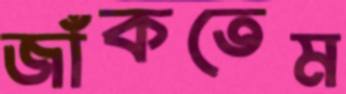
জাঁকতেম